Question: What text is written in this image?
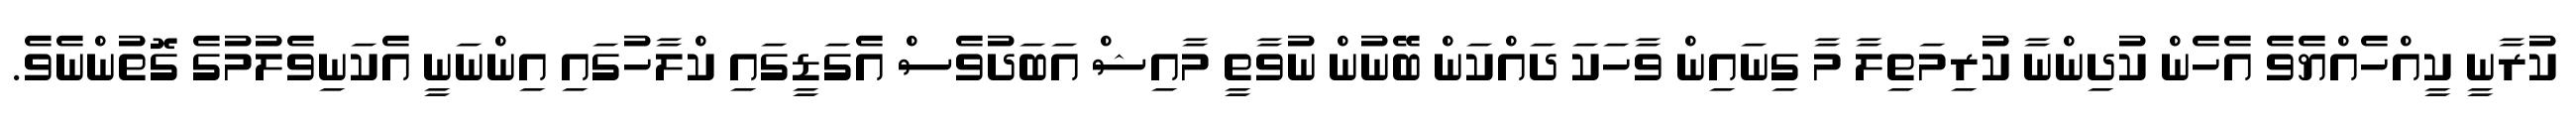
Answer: ކުރާނީ ކީއްހެއްޔެވެ އެހެން ކުދިންނާ ކުރިމަތިލާ މާ ގިނައިން ވާހަކަ ދައްކަން ބޭނުން ނުވާތީ މާއިޝް އަބަދުވެސް އެގަޑީގައި ކްލާހުގައި އިންނަނީ އެކަނިވެލުމުގެ ގޮތުންނެވެ.